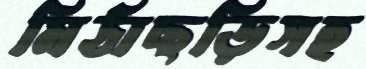
মিঠাছড়িসহ